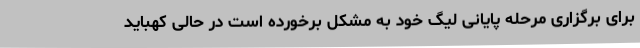
برای برگزاری مرحله پایانی لیگ خود به مشکل برخورده است در حالی کهباید